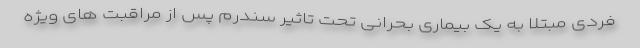
فردی مبتلا به یک بیماری بحرانی تحت تاثیر سندرم پس از مراقبت های ویژه